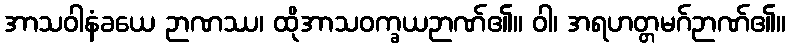
အာသဝါနံခယေ ဉာဏဿ၊ ထိုအာသဝက္ခယဉာဏ်၏။ ဝါ၊ အရဟတ္တမဂ်ဉာဏ်၏။